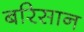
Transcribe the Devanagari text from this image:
बरिसान